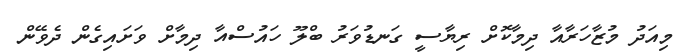
މިއަދު މުޒާހަރާއާ ދިމާކޮށް ރިޔާސީ ގަނޑުވަރު ބްލޫ ހައުސްއާ ދިމާށް ވަށައިގެން ދެވޭން